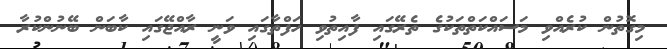
މިގޮތުން ކުރެއްވި މަސައްކަތްތަކުގެ ތެރޭގައި ފާއިތުވި ހަފްތާގައި ވަނީ ރާއްޖޭގައި ކާބަން ބޭނުންކުރާ